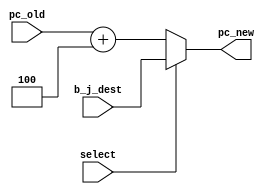
module IF_mux(	pc_old,
					b_j_dest,
					select,
					pc_new
					);
					
		input wire [63:0] pc_old;
		input wire [63:0] b_j_dest;
		input wire select;
		output wire[63:0] pc_new;
		
		assign pc_new = (select)? b_j_dest : (pc_old+64'd4);
endmodule